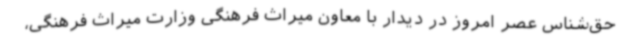
حق‌شناس عصر امروز در دیدار با معاون میراث فرهنگی وزارت میراث فرهنگی،